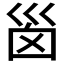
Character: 𡿺